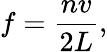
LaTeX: f={\frac{nv}{2L}},